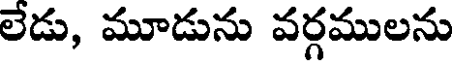
లేడు, మూడును వర్గములను